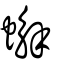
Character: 蠏